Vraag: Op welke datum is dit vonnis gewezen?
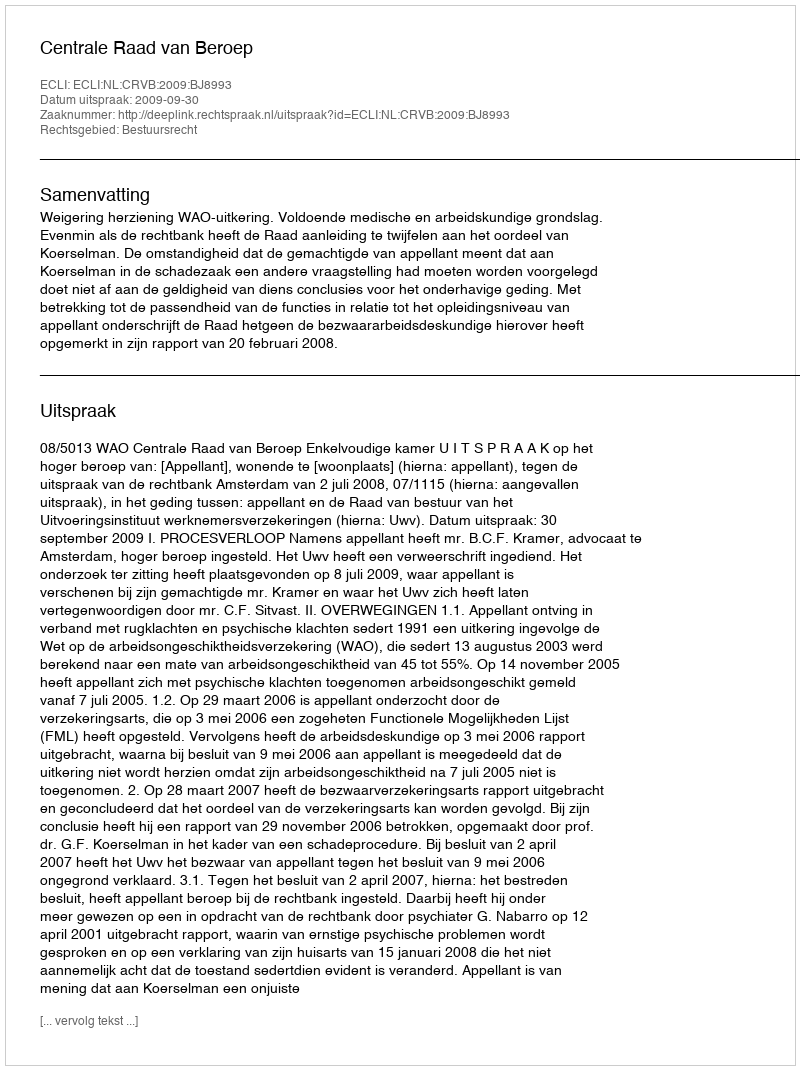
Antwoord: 2009-09-30